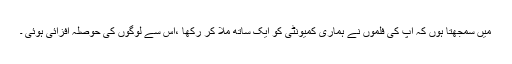
میں سمجھتا ہوں کہ آپ کی فلموں نے ہماری کمیونٹی کو ایک ساتھ ملا کر رکھا ،اس سے لوگوں کی حوصلہ افزائی ہوئی ۔